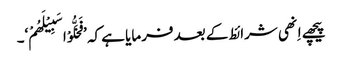
پیچھے اِنھی شرائط کے بعد فرمایا ہے کہ ’فَخَلُّوْا سَبِیْلَھُمْ‘۔